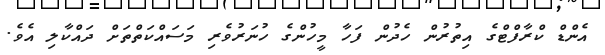
އެންޑް ކްރާފްޓްގެ އިތުރުން ހެދުން ފަހާ މީހުންގެ ހުނަރުވެރި މަސައްކަތްތަށް ދައްކާލި އެވެ.